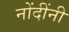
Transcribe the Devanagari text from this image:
नोंदींनी